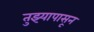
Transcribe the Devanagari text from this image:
तुझ्यापासून